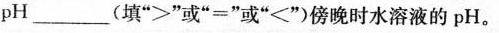
pH___(填”>”或”=”或”<”)傍晚时水溶液的pH。